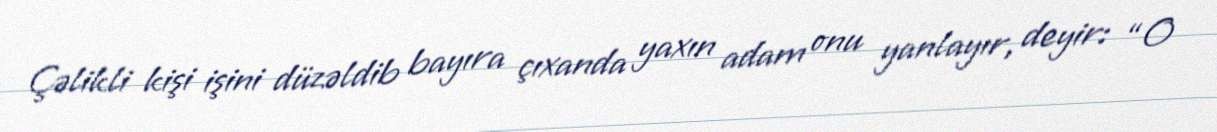
Çəlikli kişi işini düzəldib bayıra çıxanda yaxın adam onu yanlayır, deyir: “O